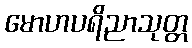
မောဟပရိညာသုတ္တ